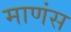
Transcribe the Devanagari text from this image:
माणंस